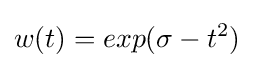
w(t)=exp(\sigma -t^{2})